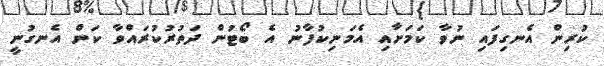
ކުރިން އެނގިފައި ނުވާ ކަމަށާއި އެމަނިކުފާނު އެ ބޯޓުން ދަތުރުކުރައްވާ ކަން އެނގުނީ